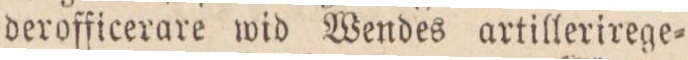
derofficerare wid Wendes artillerirege=